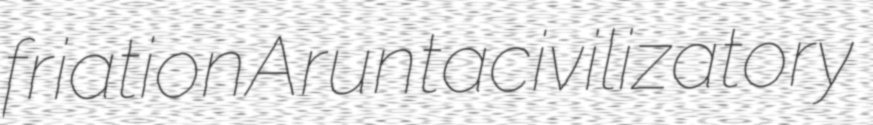
friation Arunta civilizatory